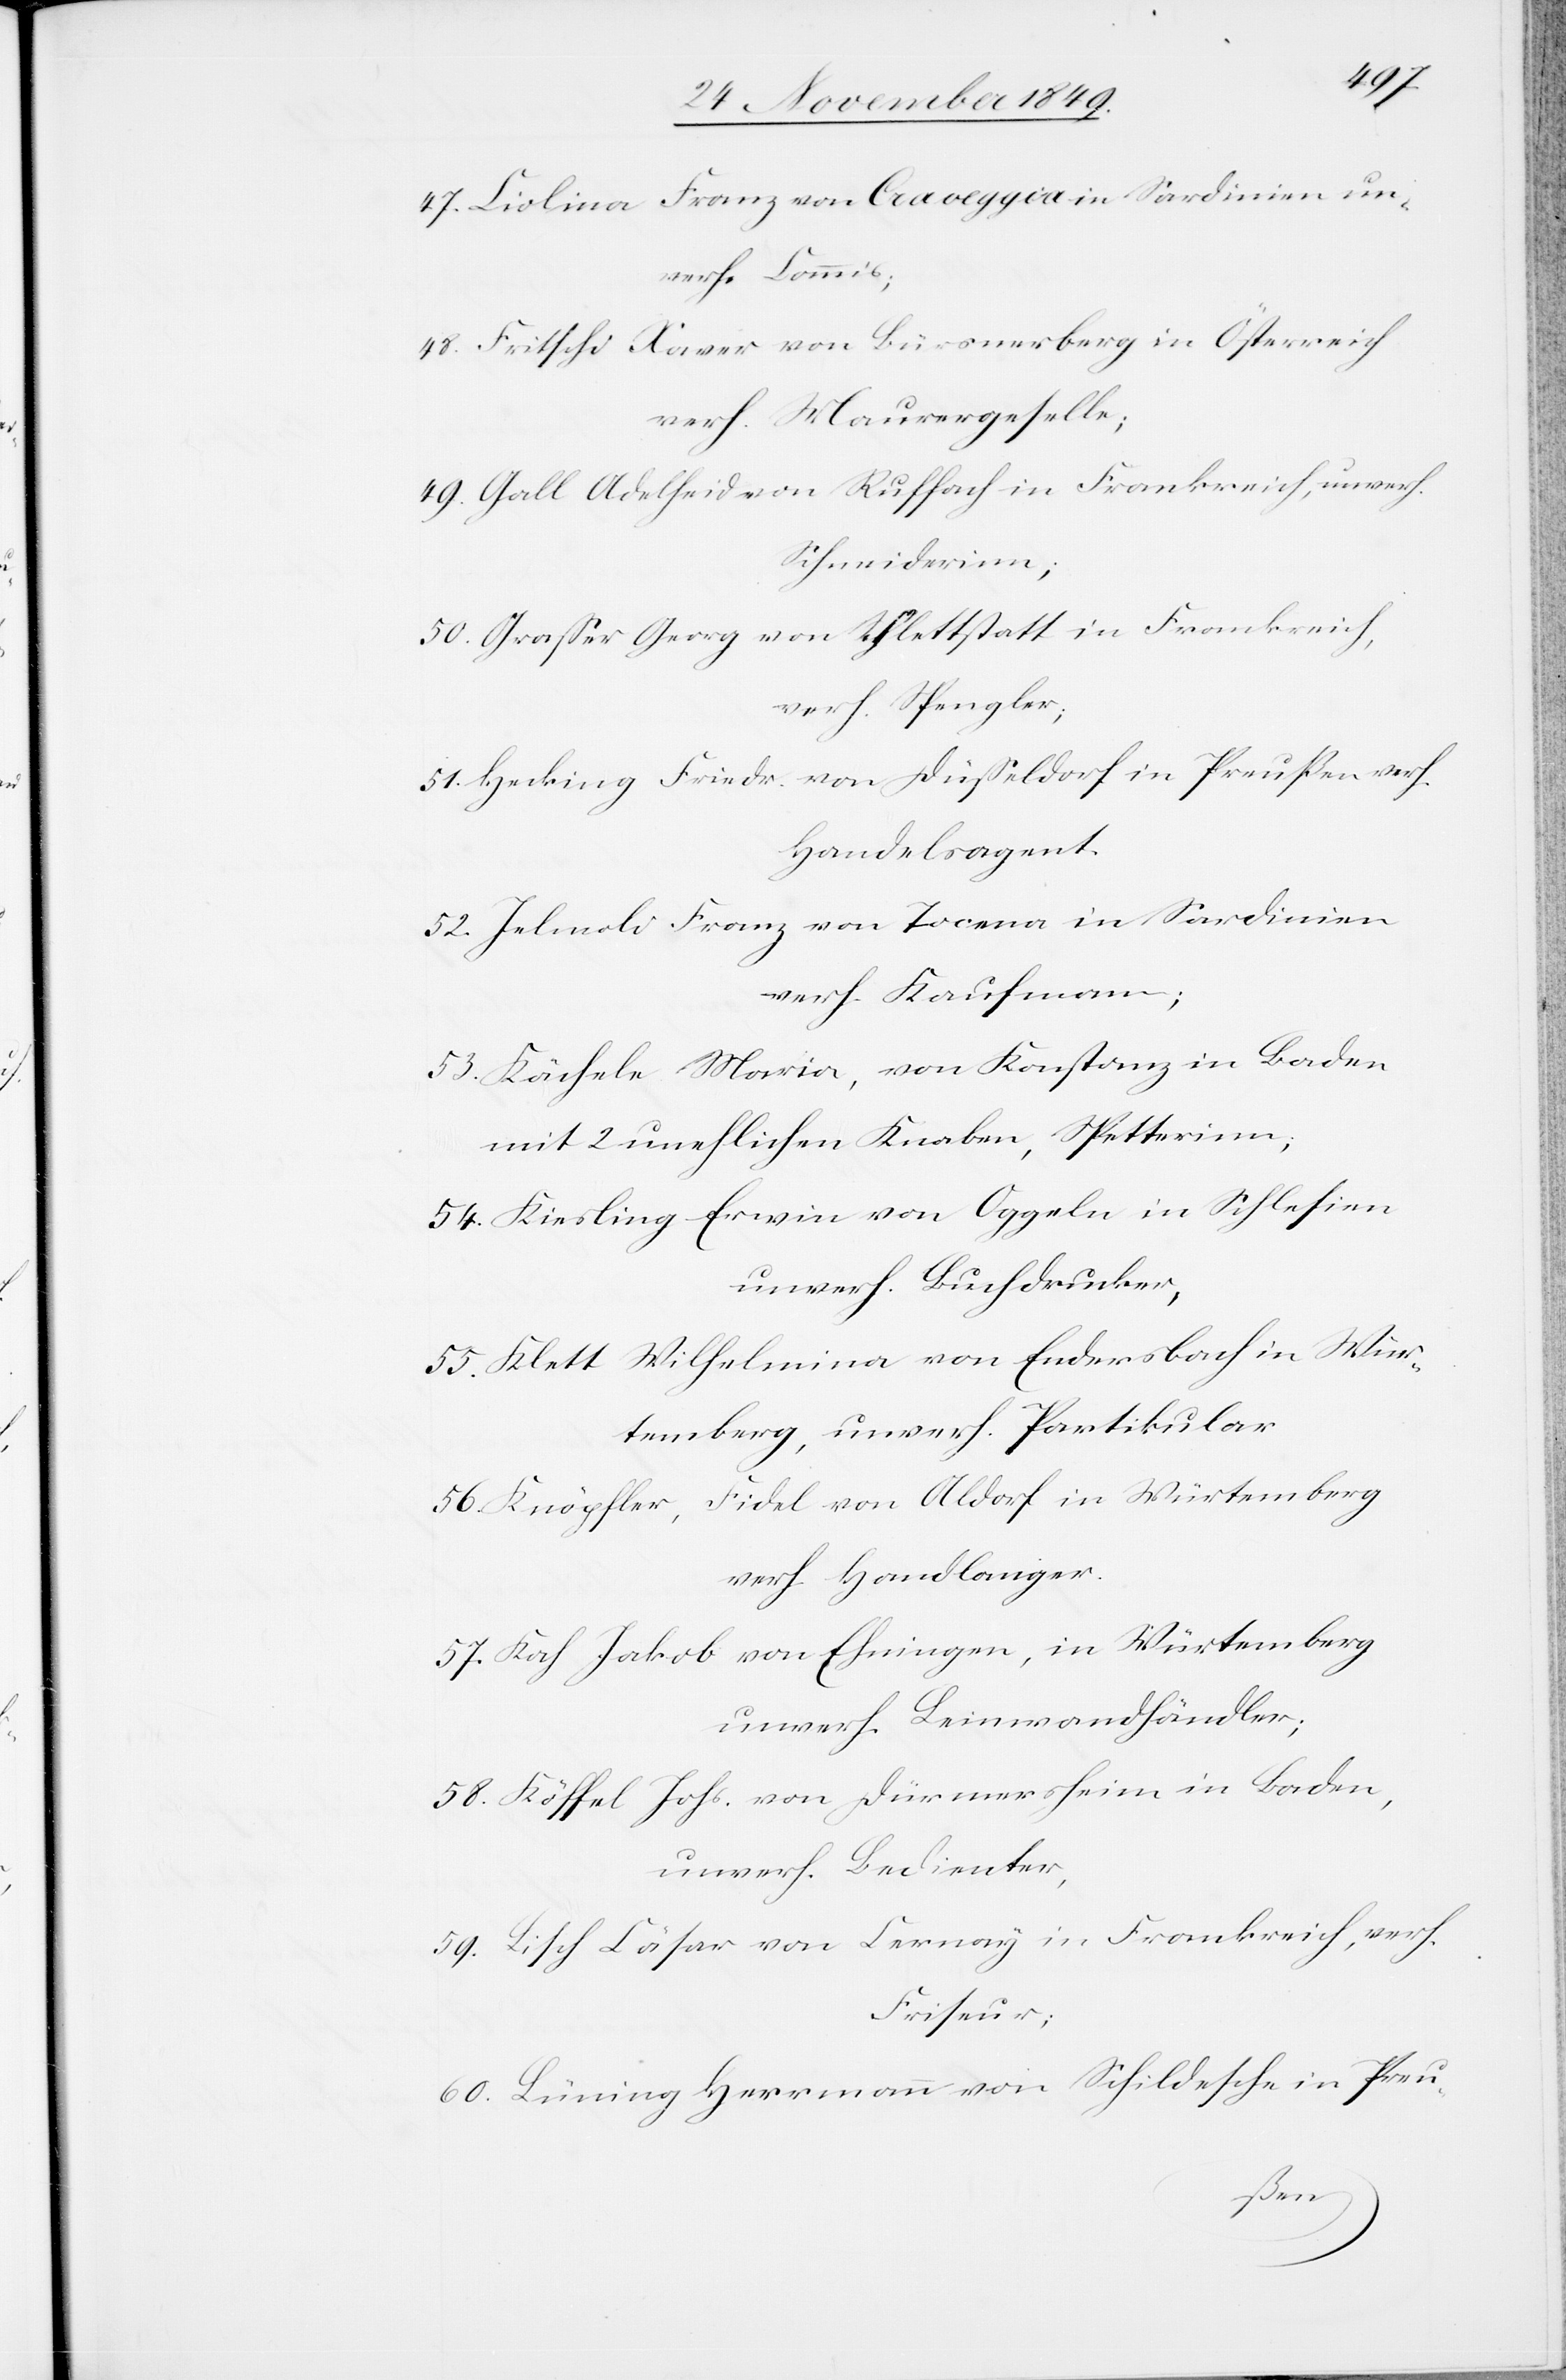
47. Ciolina Franz von Craveggia in Sardinien un¬
verh. Commis;
48. Fritschi Xaver von Bürsnerberg in Österreich
verh. Maurergeselle;
49. Gall Adelheid von Ruffach in Frankreich, unverh.
Schneiderinn;
50. Graßer Georg von Schlettstatt in Frankreich,
verh. Spengler.
51. Hecking Friedr. von Düßeldorf in Preußen verh.
Handelsagent.
52. Jelmoli Franz von Tocena in Sardinien
verh. Kaufmann;
53. Kächele Maria, von Konstanz in Baden
mit 2 unehlichen Knaben, Spetterinn;
54. Kiesling Erwin von Oppeln in Schlesien
unverh. Buchdrucker,
55. Klett Wilhelmina von Endersbach in Wür¬
temberg, unverh. Partikular
56. Knöpfler, Fidel von Aldorf in Würtemberg
verh. Handlanger;
57. Kah Jakob von Ehningen, in Würtemberg
unverh. Leinwandhändler;
58. Köffel Johs. von Dürmersheim in Baden,
unverh. Bedienter,
59. Lisch Cäsar von Cernay in Frankreich, verh.
Friseur;
60. Lüning Herrmann von Schildesche in Preu-